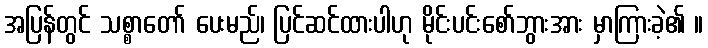
အပြန်တွင် သစ္စာတော် ပေးမည်၊ ပြင်ဆင်ထားပါဟု မိုင်းပင်းစော်ဘွားအား မှာကြားခဲ့၏ ။